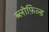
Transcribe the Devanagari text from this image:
ब्लोफ़िल्ड